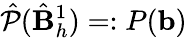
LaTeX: \hat{\mathcal{P}}(\hat{\mathbf{B}}_{h}^{1})=:P(\mathbf{b})